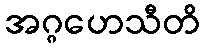
အဂ္ဂဟေသီတိ